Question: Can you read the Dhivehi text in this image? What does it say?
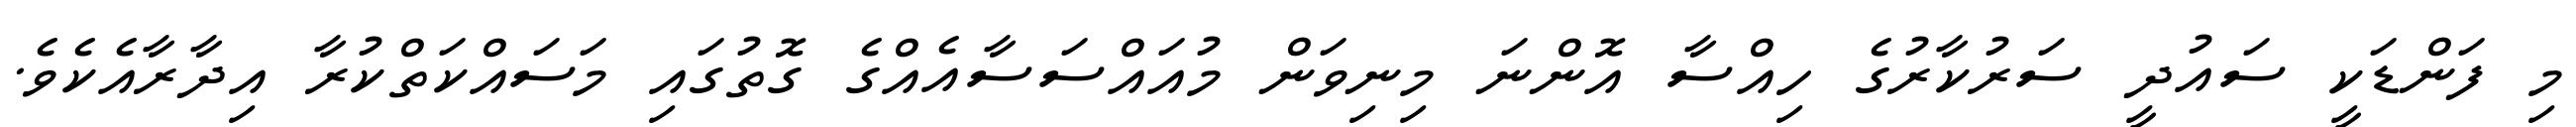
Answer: މި ފަންޑަކީ ސައުދީ ސަރުކާރުގެ ހިއްސާ އޮންނަ މިނިވަން މުއައްސަސާއެއްގެ ގޮތުގައި މަސައްކަތްކުރާ އިދާރާއެކެވެ.